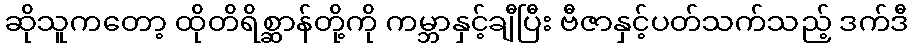
ဆိုသူကတော့ ထိုတိရိစ္ဆာန်တို့ကို ကမ္ဘာနှင့်ချီပြီး ဗီဇာနှင့်ပတ်သက်သည့် ဒက်ဒီ